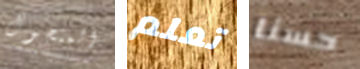
المتجول تعلم حسنا